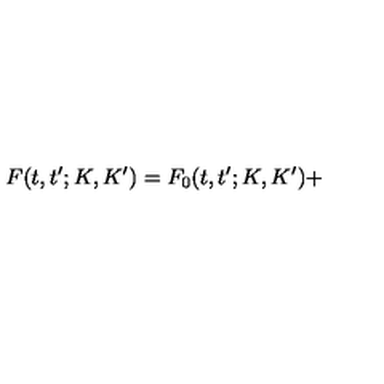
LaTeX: F ( t , t ^ { \prime } ; K , K ^ { \prime } ) = F _ { 0 } ( t , t ^ { \prime } ; K , K ^ { \prime } ) +